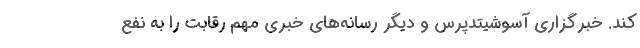
کند. خبرگزاری آسوشیتدپرس و دیگر رسانه‌های خبری مهم رقابت را به نفع